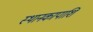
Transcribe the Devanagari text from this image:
स्थानकापाशि